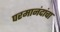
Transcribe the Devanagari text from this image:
परमानंदांचा